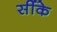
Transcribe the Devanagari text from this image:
सींके